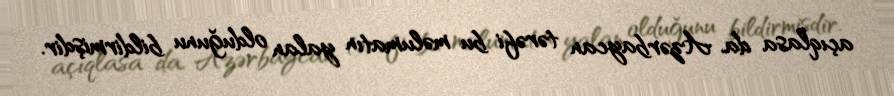
açıqlasa da, Azərbaycan tərəfi bu məlumatın yalan olduğunu bildirmişdir.